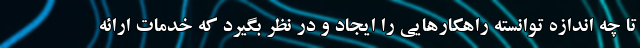
تا چه اندازه توانسته راهکارهایی را ایجاد و در نظر بگیرد که خدمات ارائه